Newspaper: Abbeville press. [volume]
Place of publication: Abbeville, S.C.
Publisher: W.A. Lee and Hugh Wilson, Jr.
Date: 1865-09-07 00:00:00
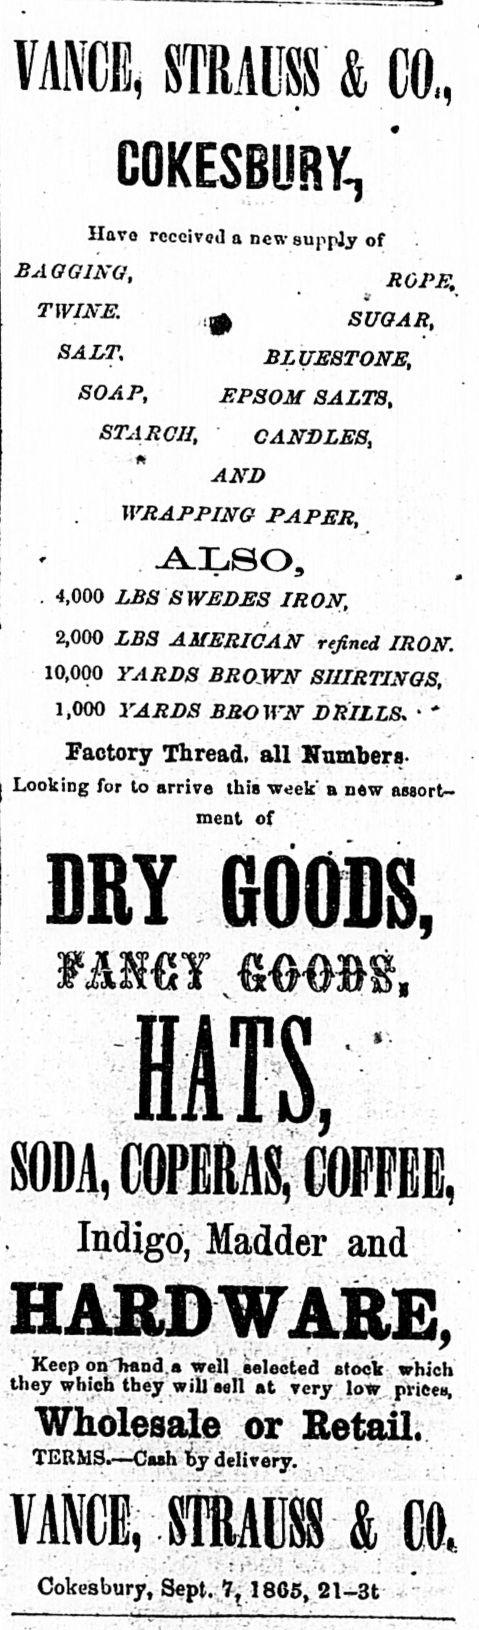
Advertisement text (OCR):
. STRAUSS & CO, COKESBURY-, ' Ilavo rcccivoil a new supply of BAGGING, ROPE, TWINE. SUGAR, SA LT, BL UE8T0NE, SOAP, EPSOM SALTS, STARCH, CANDLES, n A urn WRAPPING PAPER, ALSO, . 4,000 LBS SWEDES IRON, 2,000 LBS AMERICAN refined IRON. 10,000 YARDS BROWN SHIRTINGS, 1,000 YARDS BROWN DRILLS. ' * Factory Thread, all Numbers Looking for to arrive this week' b n?w assort ment of DRY 60008, f amy mm%, HATS, COPfiBAS, COPFBE, Indigo, Madder and Keep on ltaDd.a well selected stock which they which they will eell at rery low pricey Wholesale or Retail. TERMS.?Ca?h fcy delivery. , . STRAUSS & CO. : r Cokesbury, Sept. 7,,1805, 21-3t
Label: text-only